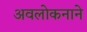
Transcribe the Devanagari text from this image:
अवलोकनाने